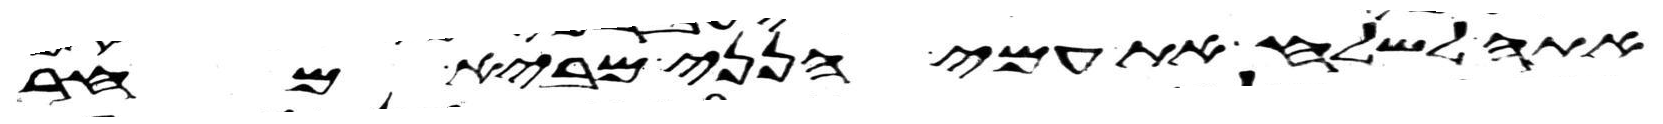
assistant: אתה לשלח את עמי הנני מביא מחר